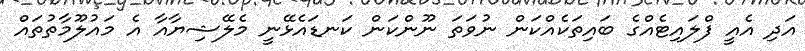
އަދި އެއީ ފްލައިޓެއްގެ ބައިތަކެއްކަން ނުވަތަ ނޫންކަން ކަނޑައެޅޭނީ މެލޭޝިޔާއާ އެ މައުލޫމާތުތައް